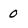
Character: 0